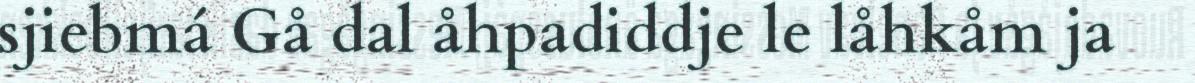
sjiebmá Gå dal åhpadiddje le låhkåm ja